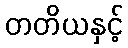
တတိယနှင့်